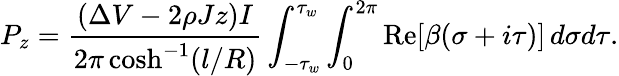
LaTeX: P_{z}=\frac{(\Delta V-2\rho Jz)I}{2\pi\cosh^{-1}(l/R)}\int_{-\tau_{w}}^{\tau_{w}}\int_{0}^{2\pi}\mathrm{Re}[\beta(\sigma+i\tau)]\, d\sigma d\tau.